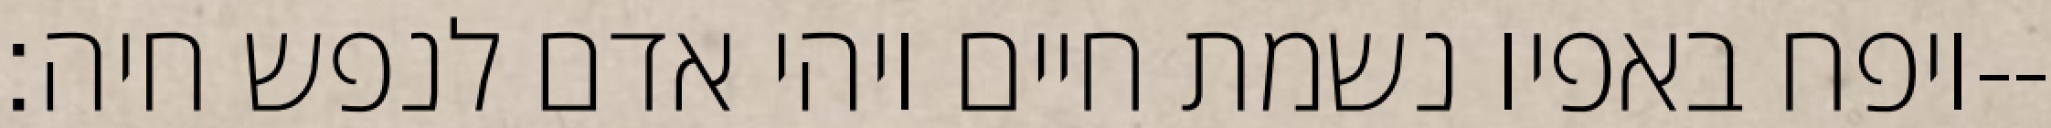
ויפח באפיו נשמת חיים ויהי אדם לנפש חיה׃--